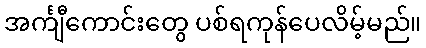
အင်္ကျီကောင်းတွေ ပစ်ရကုန်ပေလိမ့်မည်။